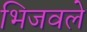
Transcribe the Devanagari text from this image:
भिजवले